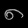
Digit: ၈